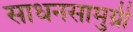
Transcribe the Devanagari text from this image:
साधनसामुग्री